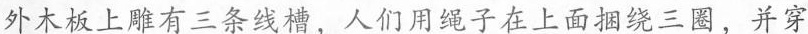
外木板上雕有三条线槽，人们用绳子在上面捆绕三圈，并穿